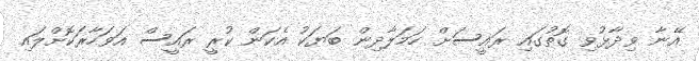
އޭނާ ވިދާޅުވި ގޮތުގައި ރައީސަށް ހަމަލާދިން ބަޔަކު އެކަން ކުރީ ރައީސް އަވަހާރަކޮށްލައި